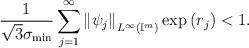
LaTeX: \begin{align*}\frac{1}{\sqrt{3}\sigma_{\min}}\sum_{j=1}^{\infty}\left\|\psi_{j} \right\|_{L^{\infty}(\mathbb{I}^{m})} \exp\left( r_{j}\right) <1 . \end{align*}